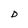
Character: D